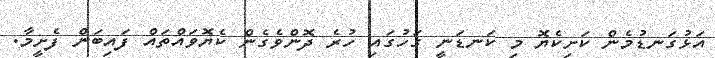
އަޅުގަނޑުމެން ކަށިކެޔޮ މި ކަނޑަނީ ގަހުގައި ހުރެ ދޮންވެގެން ކެޔޮވައްތައް ފައިބަން ފެށީމާ.